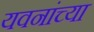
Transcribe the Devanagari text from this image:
यवनांच्या